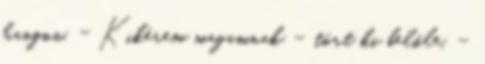
hangon. - Kikérem magamnak – tört ki belőle. –